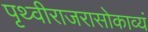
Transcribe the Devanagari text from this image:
पृथ्वीराजरासोकाव्यं